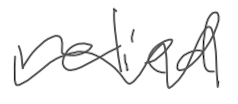
Text: relied
Cross-out: wave
Writing tool: digital_gray